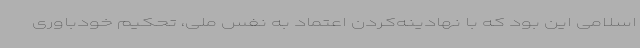
اسلامی این بود که با نهادینه‌کردن اعتماد به نفس ملی، تحکیم خودباوری